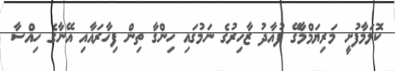
ކޮލަމާފުށީ މަރިޔަމްމާގޭ ފުއާދު ޒާހިރުގެ ނަމުގައި ހިންގާ ތިން ފިހާރައާއި އޭނާގެ ހިއްސާ